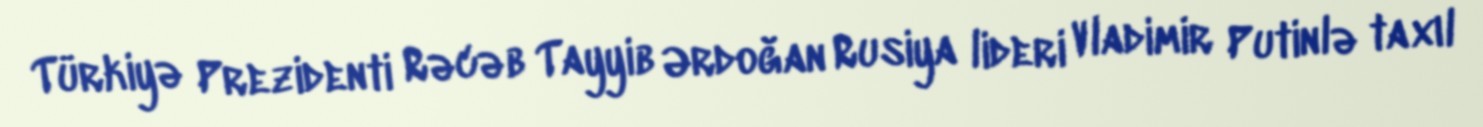
Türkiyə Prezidenti Rəcəb Tayyib Ərdoğan Rusiya lideri Vladimir Putinlə taxıl